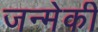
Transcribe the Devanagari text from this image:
जन्मेकी